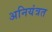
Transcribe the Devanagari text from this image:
अनियंत्रत